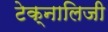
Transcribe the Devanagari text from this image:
टेक्नालिजी